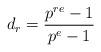
LaTeX: \begin{align*} d_r = \frac{p^{re}-1}{p^e-1} \end{align*}